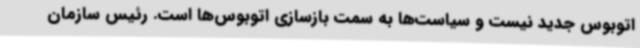
اتوبوس جدید نیست و سیاست‌ها به سمت بازسازی اتوبوس‌ها است. رئیس سازمان